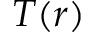
T ( r )